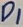
Text: D1